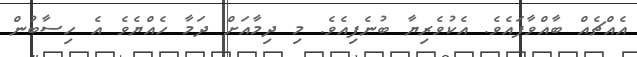
އެއްޗެއް ބާއްވާފައެވެ. އެކުވެރިޔާ ބުނެފިއެވެ. މި ދިމާއަށް ދަމާ ހެއްޔެވެ އެ ހިސާބުން